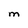
Character: M